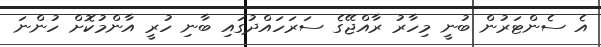
އެ ސެންޓަރުން ބުނީ މިހާރު ރާއްޖޭގެ ސަރަހައްދުގައި ބާނި ހުރީ އާންމުކޮށް ހުންނަ